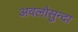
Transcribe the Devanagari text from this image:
अवलोसुन्दा